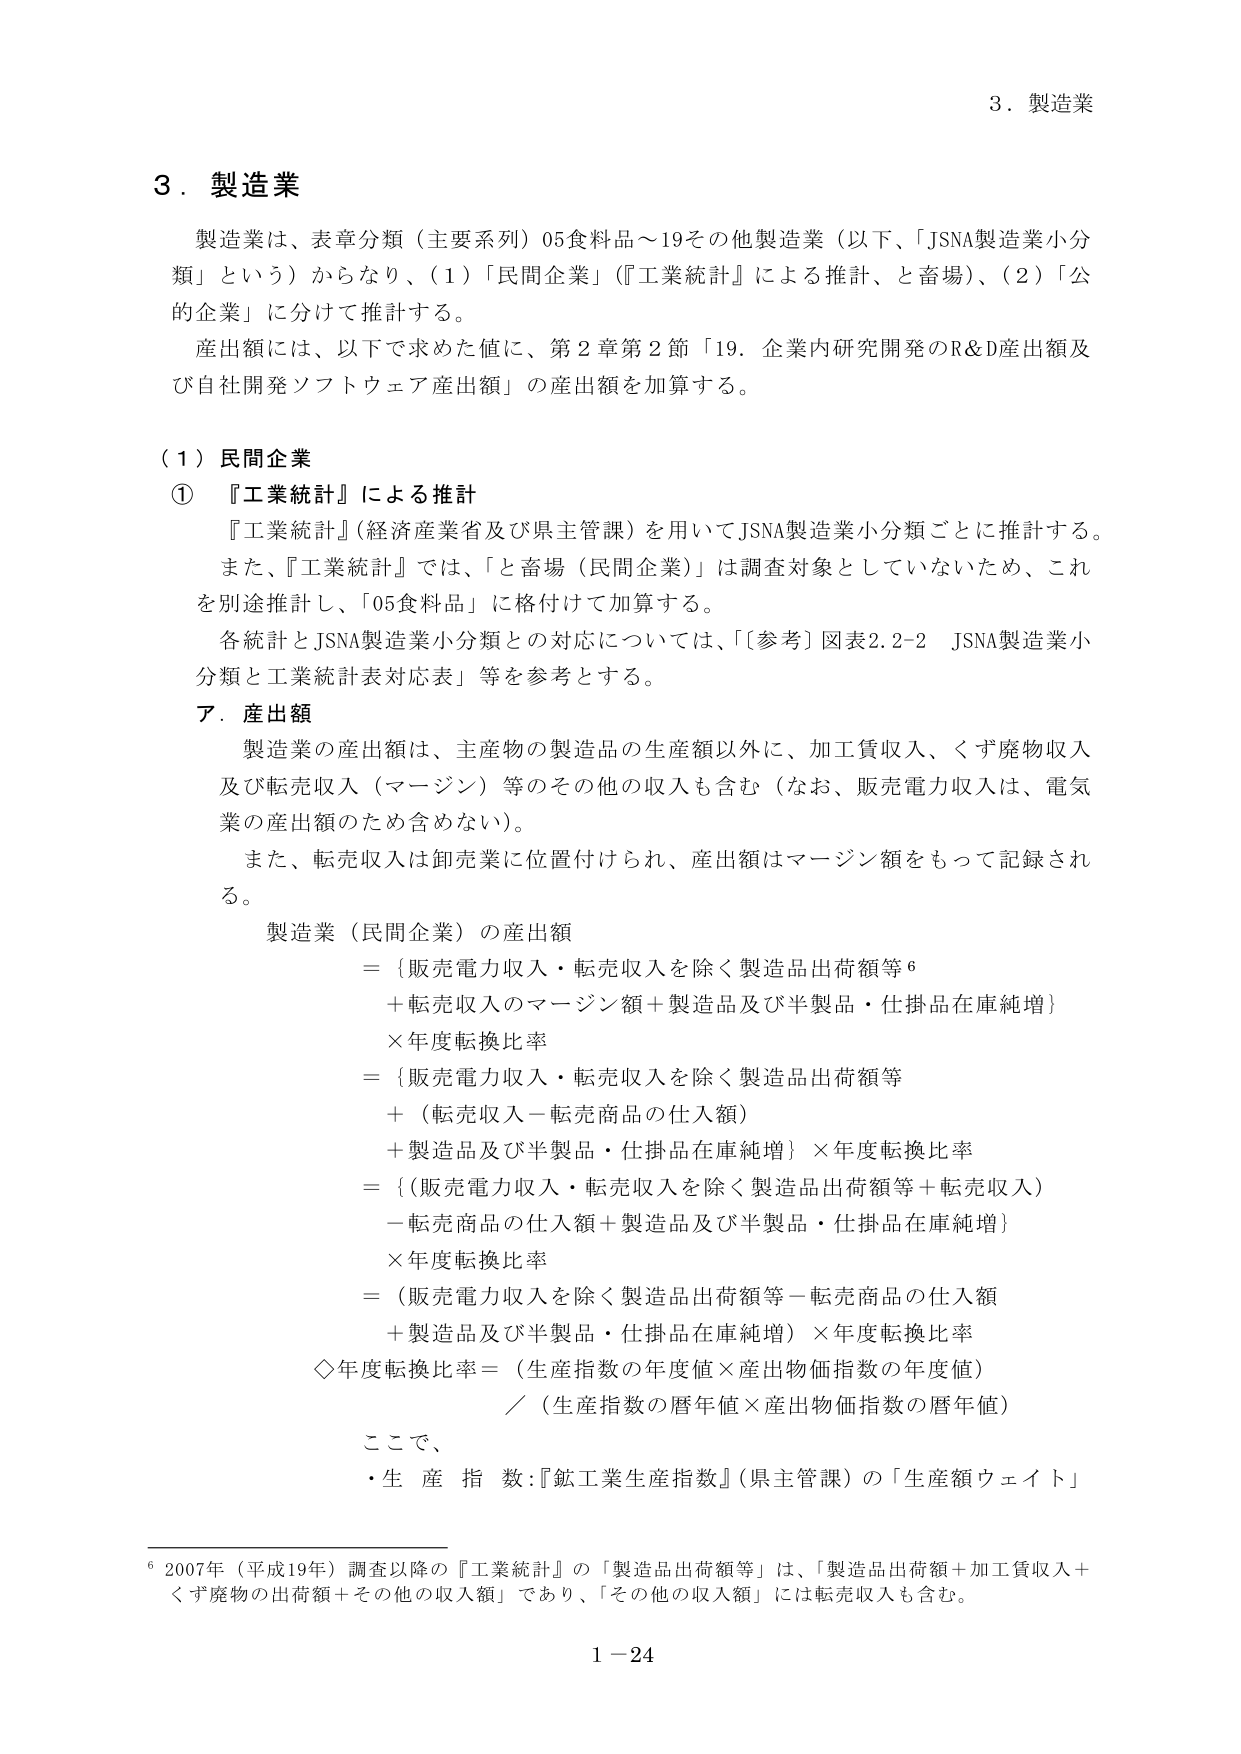
3．製造業

製造業は、表章分類（主要系列）05食料品～19その他製造業（以下、「JSNA製造業小分類」という）からなり、（1）「民間企業」（『工業統計』による推計、と畜場）、（2）「公的企業」に分けて推計する。

産出額には、以下で求めた値に、第2章第2節「19．企業内研究開発のR&D産出額及び自社開発ソフトウェア産出額」の産出額を加算する。

（1）民間企業

① 『工業統計』による推計

『工業統計』（経済産業省及び県主管課）を用いてJSNA製造業小分類ごとに推計する。また、『工業統計』では、「と畜場（民間企業）」は調査対象としていないため、これを別途推計し、「05食料品」に格付けて加算する。

各統計とJSNA製造業小分類との対応については、「[参考]図表2.2-2 JSNA製造業小分類と工業統計表対応表」等を参考とする。

ア．産出額

製造業の産出額は、主産物の製造品の生産額以外に、加工賃収入、くず廃物収入及び転売収入（マージン）等のその他の収入も含む（なお、販売電力収入は、電気業の産出額のため含めない）。

また、転売収入は卸売業に位置付けられ、産出額はマージン額をもって記録される。

製造業（民間企業）の産出額
＝｛販売電力収入・転売収入を除く製造品出荷額等⁶
＋転売収入のマージン額＋製造品及び半製品・仕掛品在庫純増｝
×年度転換比率
＝｛販売電力収入・転売収入を除く製造品出荷額等
＋（転売収入－転売商品の仕入額）
＋製造品及び半製品・仕掛品在庫純増｝×年度転換比率
＝｛（販売電力収入・転売収入を除く製造品出荷額等＋転売収入）
－転売商品の仕入額＋製造品及び半製品・仕掛品在庫純増｝
×年度転換比率
＝（販売電力収入を除く製造品出荷額等－転売商品の仕入額
＋製造品及び半製品・仕掛品在庫純増）×年度転換比率
◇年度転換比率＝（生産指数の年度値×産出物価指数の年度値）
／（生産指数の暦年値×産出物価指数の暦年値）

ここで、
・生産指数：『鉱工業生産指数』（県主管課）の「生産額ウェイト」

⁶ 2007年（平成19年）調査以降の『工業統計』の「製造品出荷額等」は、「製造品出荷額＋加工賃収入＋くず廃物の出荷額＋その他の収入額」であり、「その他の収入額」には転売収入も含む。

1－24